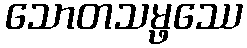
သောတသမ္ဖဿေ